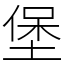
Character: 堡